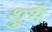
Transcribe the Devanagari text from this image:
शुभे